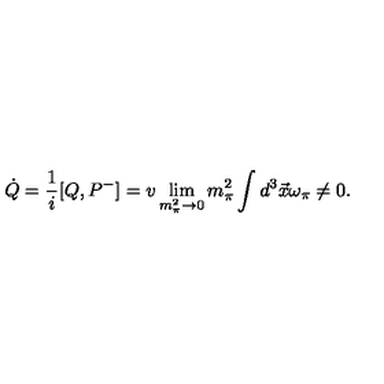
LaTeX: \dot { Q } = \frac { 1 } { i } [ Q , P ^ { - } ] = v \lim _ { m _ { \pi } ^ { 2 } \rightarrow 0 } m _ { \pi } ^ { 2 } \int d ^ { 3 } \vec { x } \omega _ { \pi } \neq 0 .